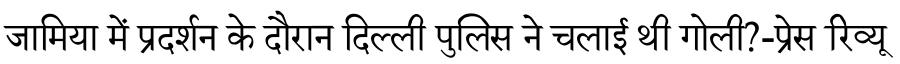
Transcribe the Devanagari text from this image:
जामिया में प्रदर्शन के दौरान दिल्ली पुलिस ने चलाई थी गोली?-प्रेस रिव्यू